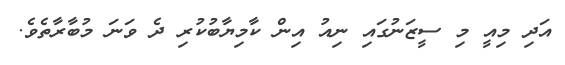
އަދި މިއީ މި ސީޒަނުގައި ނިއު އިން ކާމިޔާބުކުރި ދެ ވަނަ މުބާރާތެވެ.